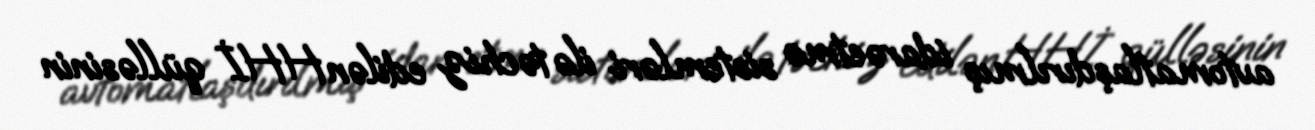
avtomatlaşdırılmış idarəetmə sistemləri ilə təchiz edilən HHİ qülləsinin